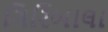
ગિરિબાલા